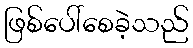
ဖြစ်ပေါ်စေခဲ့သည်